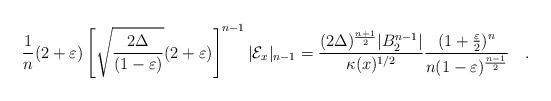
LaTeX: \begin{align*}\frac{1}{n}(2+\varepsilon)\left[\sqrt{\frac{2\Delta}{(1-\varepsilon)}}(2+\varepsilon)\right]^{n-1}|\mathcal{E}_x|_{n-1}=\frac{ (2\Delta)^{\frac{n+1}{2}}|B_2^{n-1}|}{\kappa(x)^{1/2}}\frac{(1+\frac{\varepsilon}{2})^{n}}{n(1-\varepsilon)^{\frac{n-1}{2}}}\quad.\end{align*}